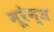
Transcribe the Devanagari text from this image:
मूरेन्स